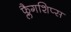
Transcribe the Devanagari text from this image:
फ्लैगशिप्‍स